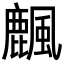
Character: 𪋖